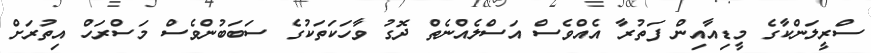
ސްރީލަންކާގެ މީޑިއާއިން ފަތުރާ އެއްވެސް އަސްލެއްނެތް ދޮގު ވާހަކަތަކުގެ ސަބަބުންވެސް މަސްރަހް އިތުރަށް